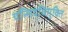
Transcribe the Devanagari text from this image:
यत्सिद्धिमुक्ति